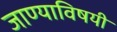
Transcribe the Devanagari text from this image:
जाण्याविषयी